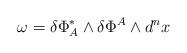
LaTeX: \begin{align*}\omega= \delta \Phi_A^\ast\wedge \delta\Phi^A\wedge d^nx\end{align*}